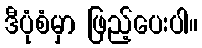
ဒီပုံစံမှာ ဖြည့်ပေးပါ။